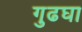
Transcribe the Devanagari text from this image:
गुढघा